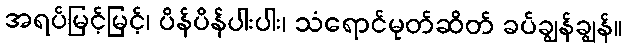
အရပ်မြင့်မြင့်၊ ပိန်ပိန်ပါးပါး၊ သံရောင်မုတ်ဆိတ် ခပ်ချွန်ချွန်။